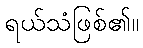
ရယ်သံဖြစ်၏။